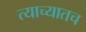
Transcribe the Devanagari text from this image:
त्याच्यातच